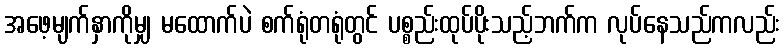
အဖေ့မျက်နှာကိုမျှ မထောက်ပဲ စက်ရုံတရုံတွင် ပစ္စည်းထုပ်ပိုးသည့်ဘက်က လုပ်နေသည်ကလည်း